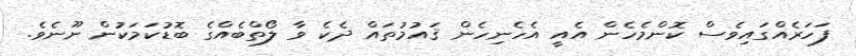
ފަހަރެއްގައިވެސް ކޮންމެހެން އެއީ އެހެނިހެން ޤައުމުތައް ދެކެ ވާ ލޯތްބެއްގެ ބޮޑުކަމަކުން ނޫނެވެ.